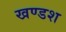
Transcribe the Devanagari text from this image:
खण्डश